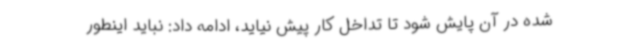
شده در آن پایش شود تا تداخل کار پیش نیاید، ادامه داد: نباید اینطور